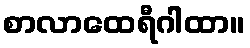
စာလာထေရီဂါထာ။